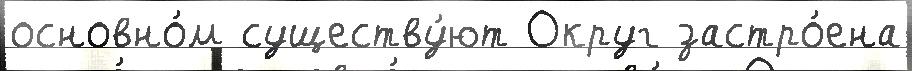
основно́м существу́ют Округ застро́ена